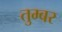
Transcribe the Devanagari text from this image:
तुम्बर